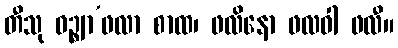
တီသု ဝဉ္စျာ’ဖလာ စာထ၊ ဖလိနော ဖလဝါ ဖလီ။